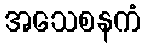
အသေစနကံ